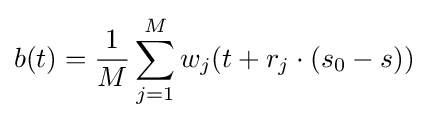
b(t)={\frac {1}{M}}\sum _{j=1}^{M}w_{j}(t+r_{j}\cdot (s_{0}-s))